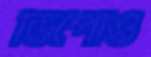
ডিপোও